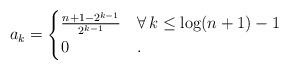
LaTeX: \begin{align*}a_k=\begin{cases}\frac{n+1-2^{k-1}}{2^{k-1}} &\forall\, k\le \log (n+1)-1\\0& .\end{cases}\end{align*}